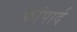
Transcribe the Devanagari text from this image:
कांपार्द